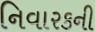
નિવારકની